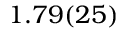
1 . 7 9 ( 2 5 )